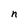
Character: n